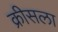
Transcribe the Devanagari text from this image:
क्रीसला